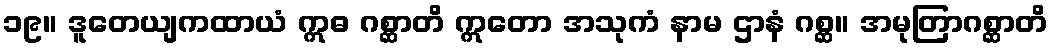
၁၉။ ဒူတေယျကထာယံ ဣဓ ဂစ္ဆာတိ ဣတော အသုကံ နာမ ဌာနံ ဂစ္ဆ။ အမုတြာဂစ္ဆာတိ